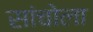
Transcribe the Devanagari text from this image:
सांचोला